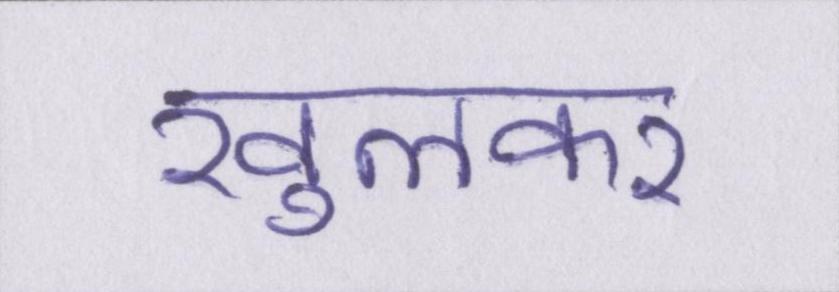
खुलकर